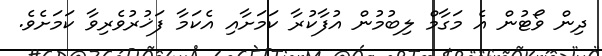
ދިން ވޯޓުން އެ މަގާމް ލިބުމުން އުފާކުރާ ކަމަށާއި އެކަމާ ފަޚުރުވެރިވާ ކަމަށެވެ.